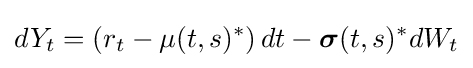
dY_{t}=\left(r_{t}-\mu (t,s)^{*}\right)dt-{\boldsymbol {\sigma }}(t,s)^{*}dW_{t}